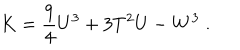
K = \frac { 9 } { 4 } U ^ { 3 } + 3 T ^ { 2 } U - W ^ { 3 } \; .